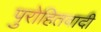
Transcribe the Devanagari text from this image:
पुरोहितवादी